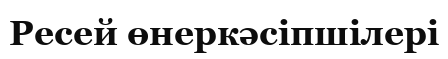
Ресей өнеркәсіпшілері